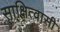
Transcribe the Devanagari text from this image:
साक्षित्वासी